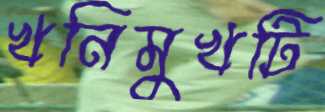
খনিমুখটি